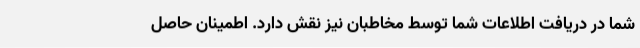
شما در دریافت اطلاعات شما توسط مخاطبان نیز نقش دارد. اطمینان حاصل